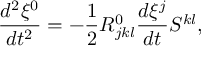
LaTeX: \frac { d ^ { 2 } \xi ^ { 0 } } { d t ^ { 2 } } = - \frac { 1 } { 2 } R _ { j k l } ^ { 0 } \frac { d \xi ^ { j } } { d t } S ^ { k l } ,